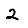
Digit: 2